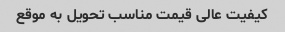
کیفیت عالی قیمت مناسب تحویل به موقع